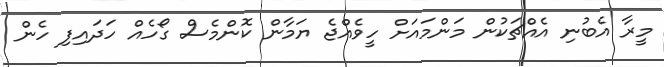
މީރާ އެބުނި އެއްޗަކުން މަންމައަށް ހީވެއްޖެ ޔަމާން ކޮންމެސް ގޯހެއް ހަދައިފި ހެން